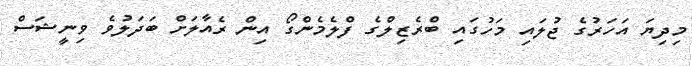
މިދިޔަ އަހަރުގެ ޖުލައި މަހުގައި ބްރެޒިލްގެ ފްލެމެންގޯ އިން ރެއާލަށް ބަދަލުވެ ވިނީޝަސް